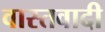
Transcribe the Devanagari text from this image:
वास्तवादी